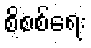
စိစစ်ရေး